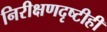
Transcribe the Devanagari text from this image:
निरीक्षणदृष्टीही